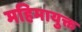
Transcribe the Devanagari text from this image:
महिमायुक्त